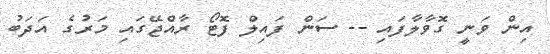
އިން ވަނީ ގޮވާލާފައި -- ސަން ފައިލް ފޮޓޯ ރާއްޖޭގައި މަރުގެ އަދަބު